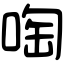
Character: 啕